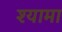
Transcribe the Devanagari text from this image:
श्‍यामा